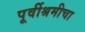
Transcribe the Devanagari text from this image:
पूर्वीश्रमीचा